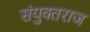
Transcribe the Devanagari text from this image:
संयुक्तराज